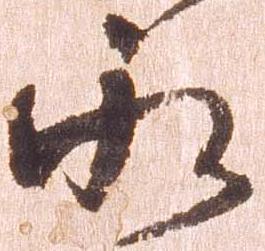
永